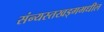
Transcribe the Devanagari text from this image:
संन्यस्तखड्गमधील